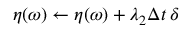
\boldsymbol { \eta } ( \omega ) \gets \boldsymbol { \eta } ( \omega ) + \lambda _ { 2 } \Delta t \, \delta